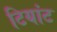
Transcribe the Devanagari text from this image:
टियांट